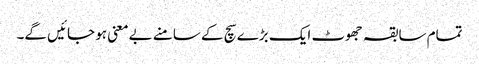
تمام سابقہ جھوٹ ایک بڑے سچ کے سامنے بےمعنی ہو جائیں گے۔